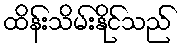
ထိန်းသိမ်းနိုင်သည်